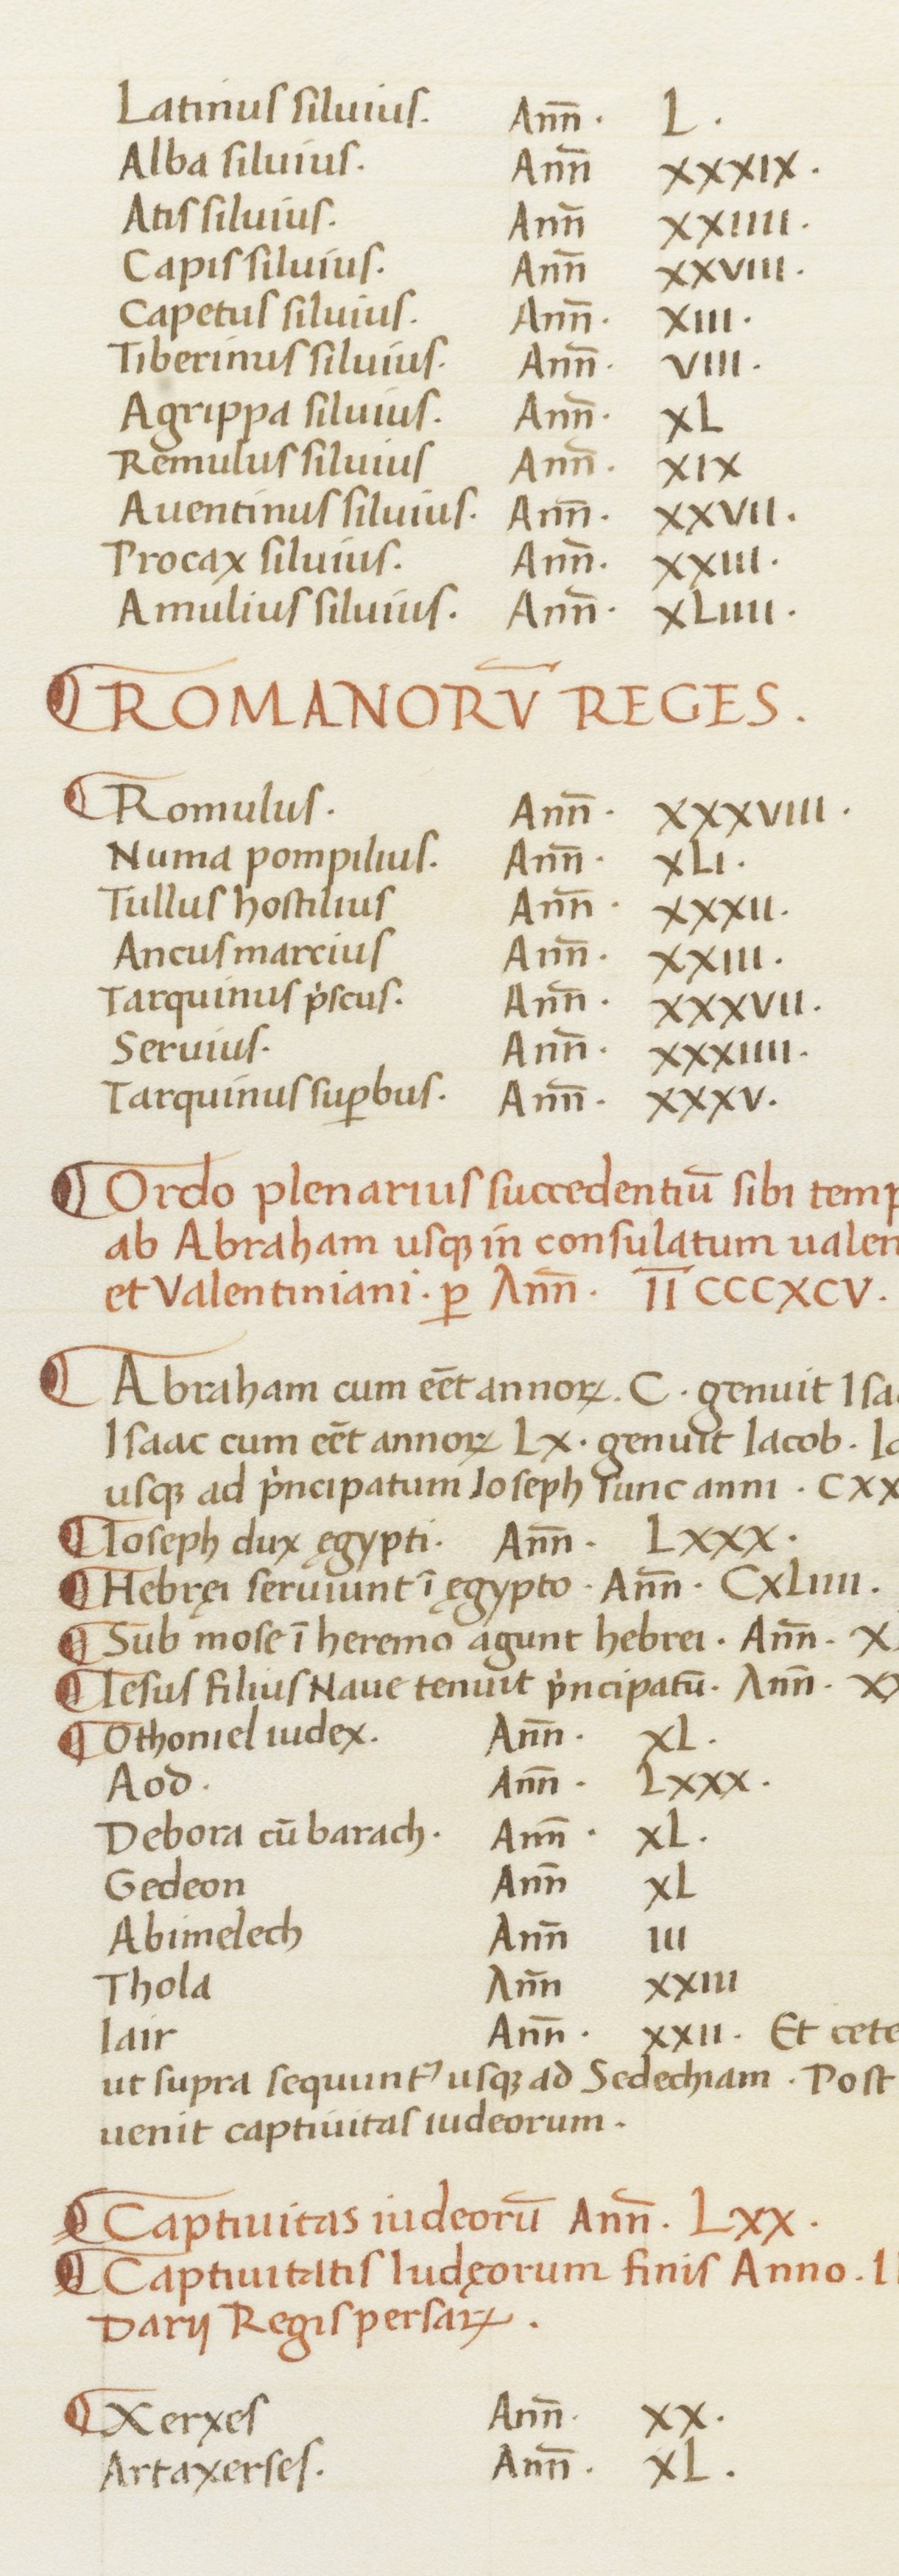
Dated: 1465–1495